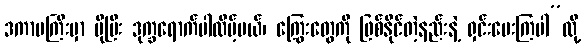
ဒကာမကြီးမှာ ပိုပြီး ဒုက္ခရောက်ပါလိမ့်မယ်၊ ကြွေးတွေကို ဖြစ်နိုင်တဲ့နည်းနဲ့ ရှင်းပေးကြပါ”လို့